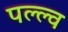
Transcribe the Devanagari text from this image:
पल्ल्व